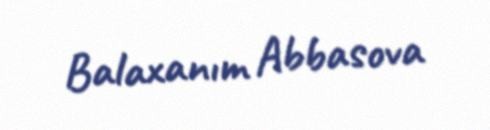
Balaxanım Abbasova